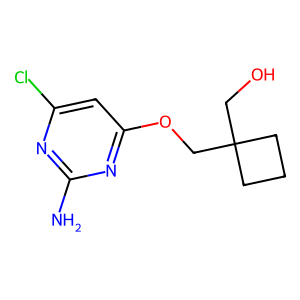
SMILES: Nc1nc(Cl)cc(OCC2(CO)CCC2)n1
Inhibits HIV replication: No